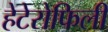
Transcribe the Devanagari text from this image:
हेटेरोफिली